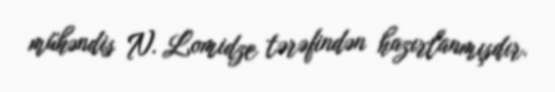
mühəndis N. Lomidze tərəfindən hazırlanmışdır.